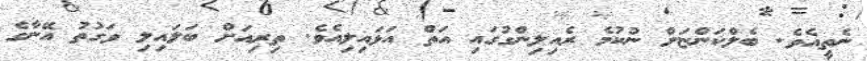
ނެތީއެވެ. ބެލްކަންޏަށް ނުކުމެ ރެއިލިންގުގައި އަތް އަޅައިލިއެވެ. ތިރިއަށް ބަލައިލި ވަގުތު އޭނާގެ